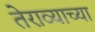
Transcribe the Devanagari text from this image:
तेराव्याच्या